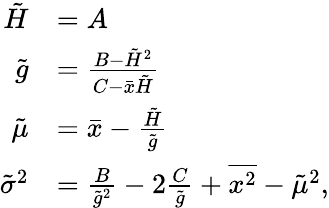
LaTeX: \begin{array}{rl}{\tilde{H}}&{=A}\\ {\tilde{g}}&{=\frac{B-\tilde{H}^{2}}{C-\bar{x}\tilde{H}}}\\ {\tilde{\mu}}&{=\bar{x}-\frac{\tilde{H}}{\tilde{g}}}\\ {\tilde{\sigma}^{2}}&{=\frac{B}{\tilde{g}^{2}}-2\frac{C}{\tilde{g}}+\overline{{x^{2}}}-\tilde{\mu}^{2},}\end{array}